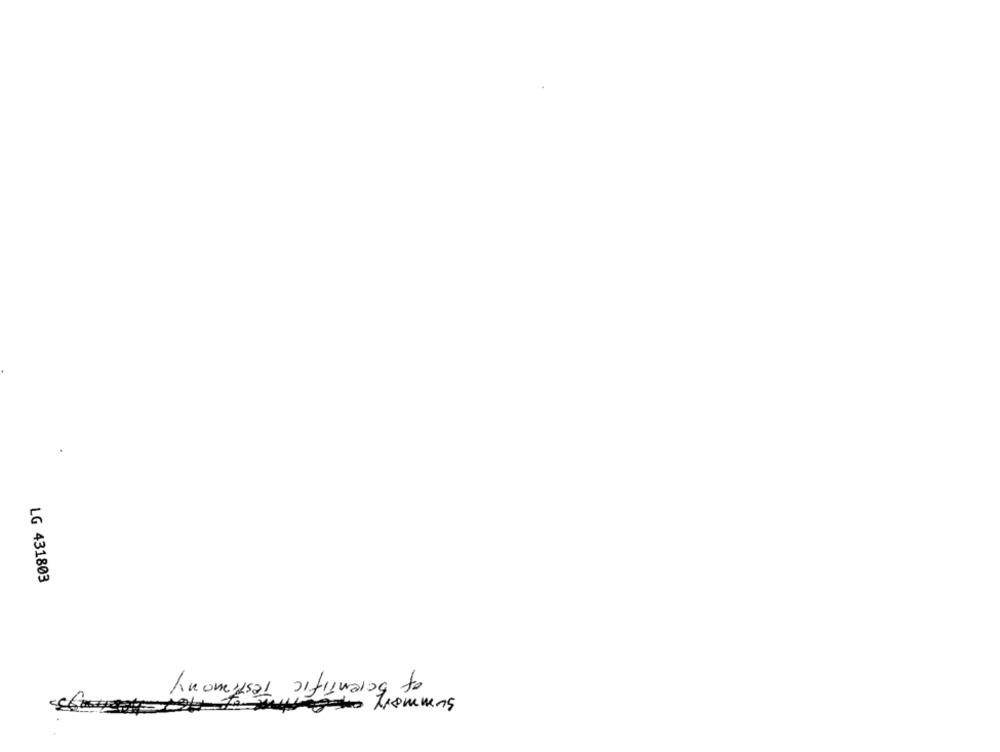
LG 431803
of Scientific Testimony